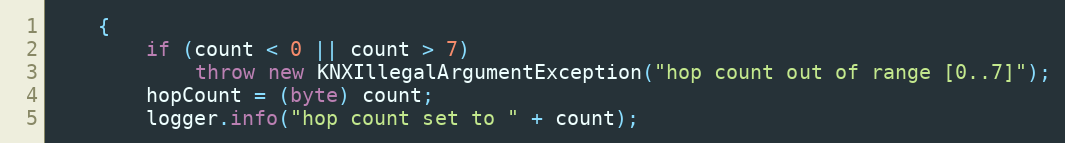
Language: Java
	{
		if (count < 0 || count > 7)
			throw new KNXIllegalArgumentException("hop count out of range [0..7]");
		hopCount = (byte) count;
		logger.info("hop count set to " + count);